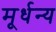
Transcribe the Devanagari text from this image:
मूर्धन्‍य